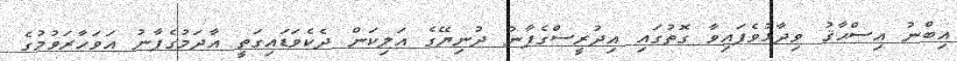
އިބްނު އިސްޙާޤު ވިދާޅުވެފައިވާ ގޮތުގައި އިދުރީސްގެފާނު ދުނިޔޭގެ އަލިކަން ދެކެވަޑައިގަތީ އާދަމުގެފާނު އަވަހާރަވުމުގެ